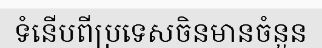
ទំនើបពីប្រទេសចិនមានចំនួន